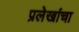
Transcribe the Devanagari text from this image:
प्रलेखांचा